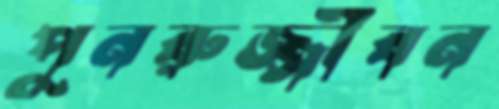
পুনরুজ্জীবন